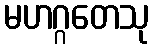
မဟဂ္ဂတေသု